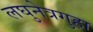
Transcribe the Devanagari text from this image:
लघुनेत्रगुहा